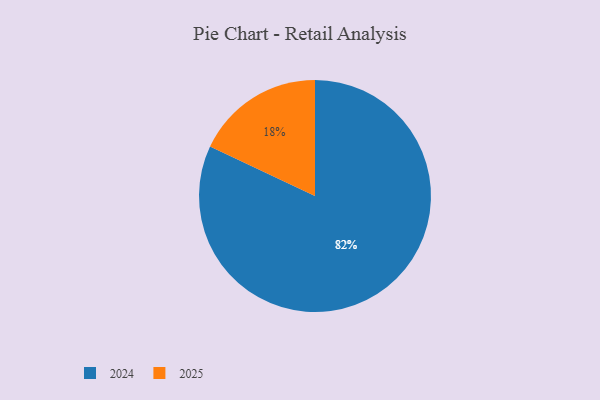
{"axis": {"x": "Category", "y": "Percentage"}, "legend": ["2024", "2025"], "data": [{"x": "2025", "y": 18, "type": "2025"}, {"x": "2024", "y": 82, "type": "2024"}]}